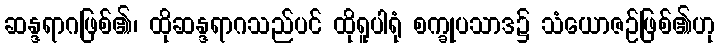
ဆန္ဒရာဂဖြစ်၏၊ ထိုဆန္ဒရာဂသည်ပင် ထိုရူပါရုံ စက္ခုပသာဒ၌ သံယောဇဉ်ဖြစ်၏ဟု